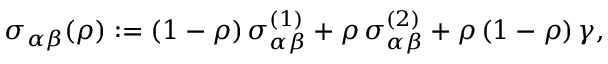
\sigma _ { \alpha \beta } ( \rho ) : = ( 1 - \rho ) \, \sigma _ { \alpha \beta } ^ { ( 1 ) } + \rho \, \sigma _ { \alpha \beta } ^ { ( 2 ) } + \rho \, ( 1 - \rho ) \, \gamma ,